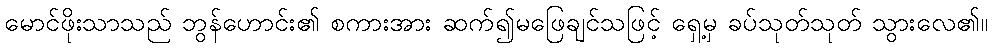
မောင်ဖိုးသာသည် ဘွန်ဟောင်း၏ စကားအား ဆက်၍မဖြေချင်သဖြင့် ရှေ့မှ ခပ်သုတ်သုတ် သွားလေ၏။